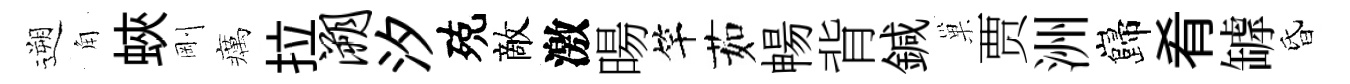
遡角蛺剛癘拉溯汐殑敵激暘竿茹暢背鍼巢贾洲巋肴罅昏